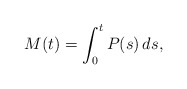
\begin{align*}M(t)&= \int_0^t P(s) \, ds,\end{align*}